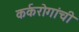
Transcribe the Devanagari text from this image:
कर्करोगांची